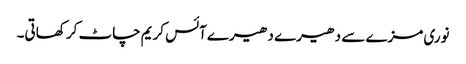
نوری مزے سے دھیرے دھیرے آئس کریم چاٹ کر کھاتی۔